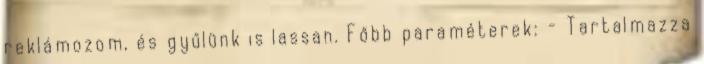
reklámozom, és gyűlünk is lassan. Főbb paraméterek: - Tartalmazza